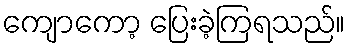
ကျောကော့ ပြေးခဲ့ကြရသည်။